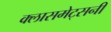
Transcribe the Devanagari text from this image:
क्लासमेट्सनी